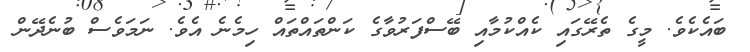
ބައެކެވެ. މީގެ ތެރޭގައި ކެއްކުމާއި ބޭސްފަރުވާގެ ކަންތައްތައް ހިމެނެ އެވެ. ނަމަވެސް ބުނެދޭން